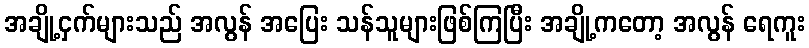
အချို့ငှက်များသည် အလွန် အပြေး သန်သူများဖြစ်ကြပြီး အချို့ကတော့ အလွန် ရေကူး